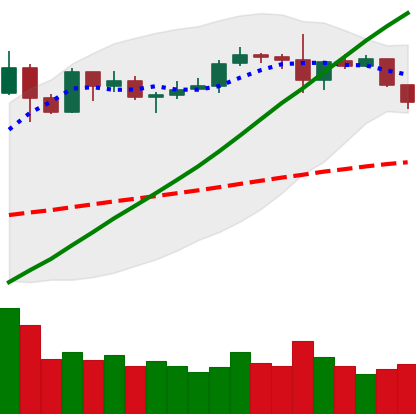
Ticker: ETH-USD
Chart end date: 2019-06-04
Forward return: -3.419%
Label: down_3_5